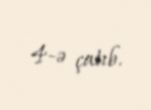
4-ə çatıb.